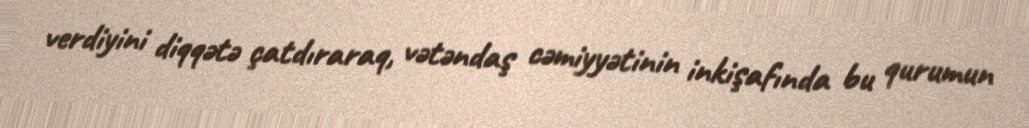
verdiyini diqqətə çatdıraraq, vətəndaş cəmiyyətinin inkişafında bu qurumun